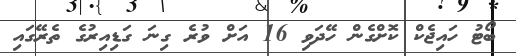
ބޯޓު ހައިޖެކް ކޮށްގެން ހޭދަވި 16 އަށް ވުރެ ގިނަ ގަޑިއިރުގެ ތެރޭގައި